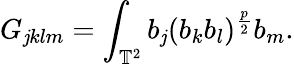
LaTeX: G_{\mathit{j}klm}=\int_{\mathbb{{T}}^{2}}b_{\mathit{j}}(b_{k}b_{l})^{\frac{{p}}{{2}}}b_{m}.